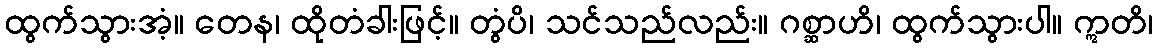
ထွက်သွားအံ့။ တေန၊ ထိုတံခါးဖြင့်။ တွံပိ၊ သင်သည်လည်း။ ဂစ္ဆာဟိ၊ ထွက်သွားပါ။ ဣတိ၊